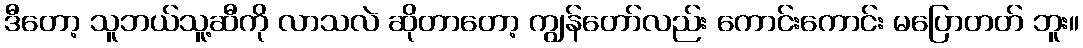
ဒီတော့ သူဘယ်သူ့ဆီကို လာသလဲ ဆိုတာတော့ ကျွန်တော်လည်း ကောင်းကောင်း မပြောတတ် ဘူး။